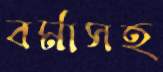
বর্মাসহ